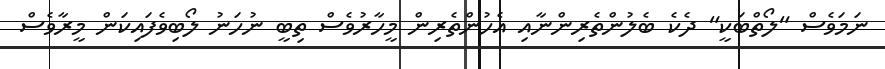
ނަމަވެސް "ލޯތްބަކީ" ދެކެ ބެލުންތެރިންނާއި އެހުންތެރިން މީހާރުވެސް ތިބީ ނުހަނު ލޯބިވެފައިކަން މީރާވެސް